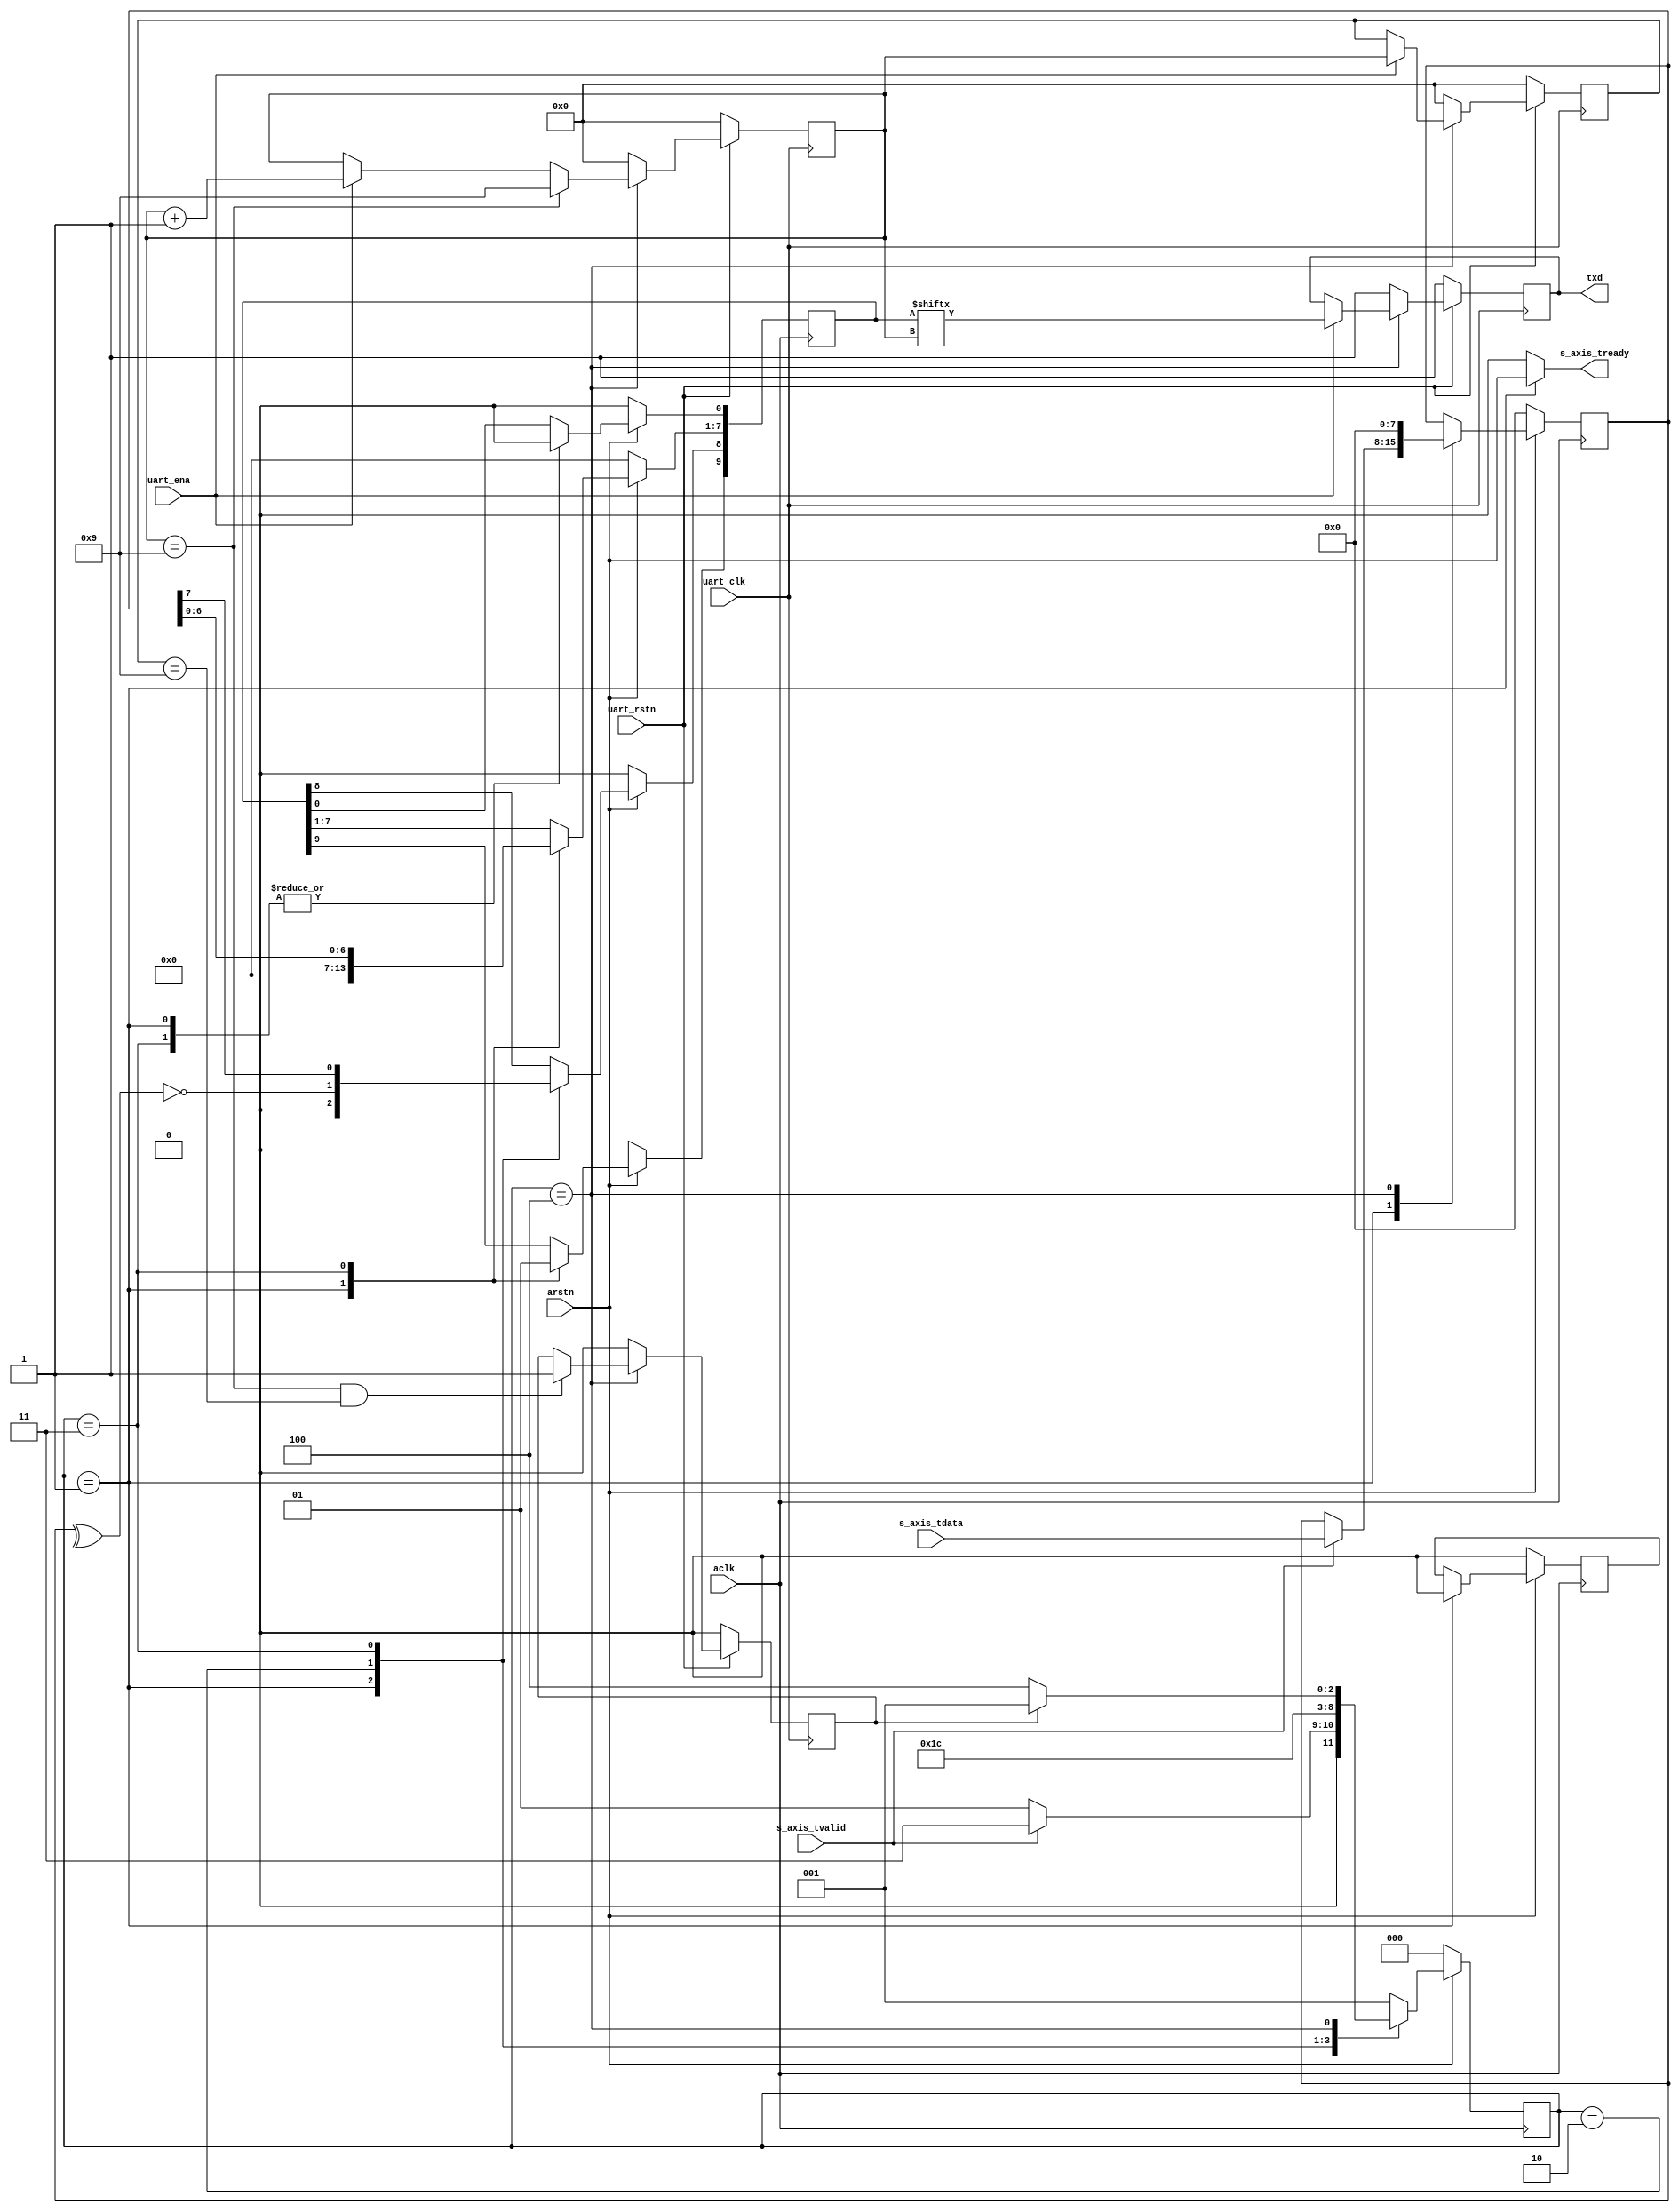
// ***************************************************************************
// ***************************************************************************
// @FILE    util_axis_uart_tx.v
// @AUTHOR  JAY CONVERTINO
// @DATE    2021.06.24
// @BRIEF   AXIS UART
// @DETAILS AXI streaming to UART transmitter
//
// @LICENSE MIT
//  Copyright 2021 Jay Convertino
//
//  Permission is hereby granted, free of charge, to any person obtaining a copy
//  of this software and associated documentation files (the "Software"), to 
//  deal in the Software without restriction, including without limitation the
//  rights to use, copy, modify, merge, publish, distribute, sublicense, and/or 
//  sell copies of the Software, and to permit persons to whom the Software is 
//  furnished to do so, subject to the following conditions:
//
//  The above copyright notice and this permission notice shall be included in 
//  all copies or substantial portions of the Software.
//
//  THE SOFTWARE IS PROVIDED "AS IS", WITHOUT WARRANTY OF ANY KIND, EXPRESS OR 
//  IMPLIED, INCLUDING BUT NOT LIMITED TO THE WARRANTIES OF MERCHANTABILITY, 
//  FITNESS FOR A PARTICULAR PURPOSE AND NONINFRINGEMENT. IN NO EVENT SHALL THE
//  AUTHORS OR COPYRIGHT HOLDERS BE LIABLE FOR ANY CLAIM, DAMAGES OR OTHER 
//  LIABILITY, WHETHER IN AN ACTION OF CONTRACT, TORT OR OTHERWISE, ARISING 
//  FROM, OUT OF OR IN CONNECTION WITH THE SOFTWARE OR THE USE OR OTHER DEALINGS
//  IN THE SOFTWARE.
// ***************************************************************************
// ***************************************************************************

`timescale 1ns/100ps

//UART
module util_axis_uart_tx #(
    parameter parity_ena  = 0,
    parameter parity_type = 1,
    parameter stop_bits   = 1,
    parameter data_bits   = 8,
    parameter delay       = 0
  ) 
  (
    //clock and reset
    input aclk,
    input arstn,
    //slave input
    (* mark_debug = "true", keep = "true" *)input   [data_bits-1:0] s_axis_tdata,
    (* mark_debug = "true", keep = "true" *)input                   s_axis_tvalid,
    (* mark_debug = "true", keep = "true" *)output                  s_axis_tready,
    //uart
    input           uart_clk,
    input           uart_rstn,
    (* mark_debug = "true", keep = "true" *)input           uart_ena,
    (* mark_debug = "true", keep = "true" *)output          txd
  );
  
  //start bit size... :)
  localparam integer start_bit = 1;
  //bits per transmission
  localparam integer bits_per_trans = start_bit + data_bits + parity_ena + stop_bits;
  //states
  // data capture
  localparam data_cap     = 3'd1;
  // parity generator
  localparam parity_gen   = 3'd2;
  // command processor
  localparam process      = 3'd3;
  // transmit data
  localparam trans        = 3'd4;
  // someone made a whoops
  localparam error        = 3'd0;

  //data reg
  (* mark_debug = "true", keep = "true" *)reg [bits_per_trans-1:0]reg_data;
  //parity bit storage
  (* mark_debug = "true", keep = "true" *)reg parity_bit;
  //state machine
  (* mark_debug = "true", keep = "true" *)reg [2:0]  state = error;
  //incoming data to transmit
  (* mark_debug = "true", keep = "true" *)reg [data_bits-1:0] data;
  //counters
  (* mark_debug = "true", keep = "true" *)reg [clogb2(bits_per_trans)-1:0]  trans_counter;
  (* mark_debug = "true", keep = "true" *)reg [clogb2(bits_per_trans)-1:0]  prev_trans_counter;
  //transmit done
  (* mark_debug = "true", keep = "true" *)reg trans_fin;
  //Tx 
  (* mark_debug = "true", keep = "true" *)reg reg_txd;

  
  assign s_axis_tready = (state == data_cap ? arstn : 0);
  
  //axis data input
  always @(posedge aclk) begin
    if(arstn == 1'b0) begin
      data <= 0;
    end else begin
      data <= data;
      
      case (state)
        data_cap:
          if(s_axis_tvalid == 1'b1)
            data <= s_axis_tdata;
        trans:
          data <= 0;
      endcase
    end
  end
  
  //data processing
  always @(posedge aclk) begin
    if(arstn == 1'b0) begin
      state       <= error;
      parity_bit  <= 0;
      reg_data    <= 0;
    end else begin
      case (state)
        //capture data from axis interface
        data_cap: begin
          state       <= data_cap;
          reg_data    <= 0;
          parity_bit  <= 0;
          
          if(s_axis_tvalid == 1'b1) begin
            state <= (parity_ena >= 1 ? parity_gen : process);
          end
        end
        //generate parity using reduction operator
        parity_gen: begin
          state <= process;
          
          case (parity_type)
            //odd parity
            1:
              reg_data[bits_per_trans-stop_bits-1] <= ^data ^ 1'b1;
            //mark parity
            2:
              reg_data[bits_per_trans-stop_bits-1] <= 1'b1;
            //space parity
            3:
              reg_data[bits_per_trans-stop_bits-1] <= 1'b0;
            //even parity
            default:
              reg_data[bits_per_trans-stop_bits-1] <= ^data;
          endcase
            
        end
        //process command data to setup data transmission
        process: begin
          state <= trans;
          
          //insert start bit
          reg_data[start_bit-1:0] <= 1'b0;
          
          //insert stop bits
          reg_data[bits_per_trans-1:bits_per_trans-stop_bits] <= {stop_bits{1'b1}};
          
          //insert data
          reg_data[bits_per_trans-stop_bits-parity_ena-1:bits_per_trans-stop_bits-parity_ena-data_bits] <= data;
          
        end
        //transmit data, actually done in data output process below.
        trans: begin
          state <= trans;
          
          if(trans_fin == 1'b1) begin
            state <= data_cap;
          end
        end
        default:
          state <= data_cap;
      endcase
    end
  end
  
  //delay output of data
  generate
    if(delay > 0) begin
      //delay tx data
      reg [delay:0] delay_data = 0;
      
      assign txd = delay_data[delay];
      
      always @(posedge uart_clk) begin
        if(uart_rstn == 1'b0) begin
          delay_data <= 0;
        end else begin
          delay_data <= {delay_data[delay-1:0], reg_txd};
        end
      end
    end else begin
      assign txd = reg_txd;
    end
  endgenerate
  
  
  //uart data output positive edge
  always @(posedge uart_clk) begin
    if(uart_rstn == 1'b0) begin
      trans_fin           <= 0;
      reg_txd             <= 1;
      trans_counter       <= 0;
      prev_trans_counter  <= 0;
    end else begin
      case (state)
        //once the state machine is in transmisson state, begin data output
        trans: begin
          //on uart enable, send out data.
          if(uart_ena == 1'b1) begin
            reg_txd <= reg_data[trans_counter];
          
            trans_counter <= trans_counter + 1;
            
            prev_trans_counter  <= trans_counter;
          end
            
          if((trans_counter == bits_per_trans-1) && (prev_trans_counter == bits_per_trans-1)) begin
            trans_fin <= 1'b1;
          end
          
          //once bits_per_trans-1 hold counter
          if(trans_counter == bits_per_trans-1) begin
            trans_counter <= bits_per_trans-1;
          end
        end
        default: begin
          //default state of counters and data output.
          reg_txd             <= 1;
          trans_fin           <= 0;
          trans_counter       <= 0;
          prev_trans_counter  <= 0;
        end
        endcase
    end
  end
  
  //copied from the IEEE 1364-2001 Standard
  function integer clogb2;
    input [31:0] value;
    begin
        value = value - 1;
        for (clogb2 = 0; value > 0; clogb2 = clogb2 + 1) begin
            value = value >> 1;
        end
    end
  endfunction
endmodule